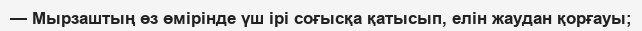
— Мырзаштың өз өмірінде үш ірі соғысқа қатысып, елін жаудан қорғауы;